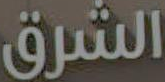
الشرق